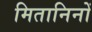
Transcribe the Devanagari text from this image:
मितानिनों